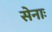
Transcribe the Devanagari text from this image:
सेनाः